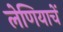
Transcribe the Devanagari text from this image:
लेणियाचें